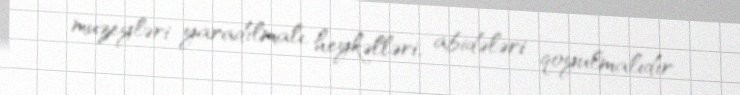
muzeyləri yaradılmalı, heykəlləri, abidələri qoyulmalıdır.